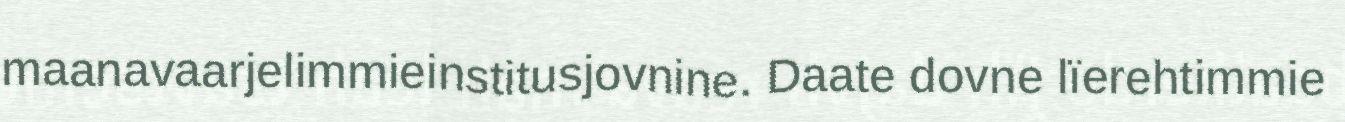
maanavaarjelimmieinstitusjovnine. Daate dovne lïerehtimmie